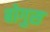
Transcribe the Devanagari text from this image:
बोगुस